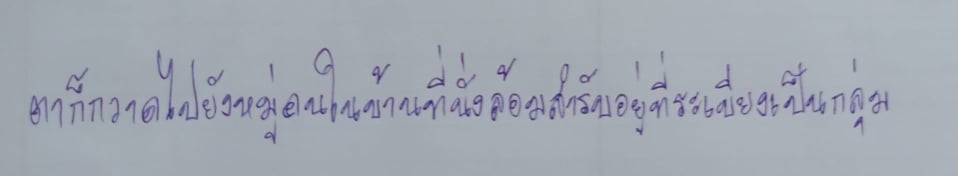
ตาก็กวาดไปยังหมู่คนในบ้านที่นั่งล้อมสำรับอยู่ที่ระเบียงเป็นกลุ่ม